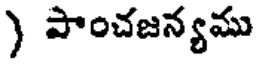
) పాంచజన్యము